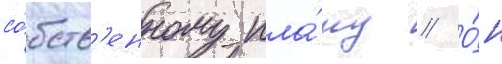
со́бств'енному пла́ну // О́н